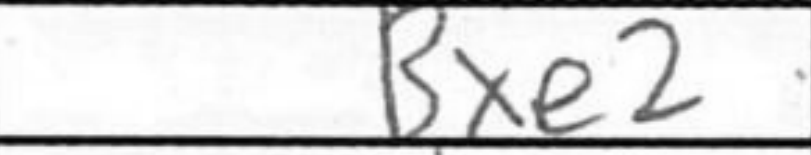
Transcription: Bxe2